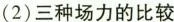
(2)三种场力的比较